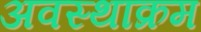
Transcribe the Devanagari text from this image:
अवस्थाक्रम